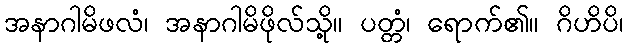
အနာဂါမိဖလံ၊ အနာဂါမိဖိုလ်သို့။ ပတ္တံ၊ ရောက်၏။ ဂိဟိပိ၊